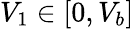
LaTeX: V_{1}\in[0,V_{b}]